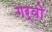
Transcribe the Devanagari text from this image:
गर्वो